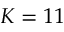
K = 1 1